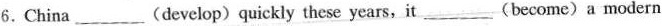
6.China ___ (develop) quickly these years,it ___ (become) a modern